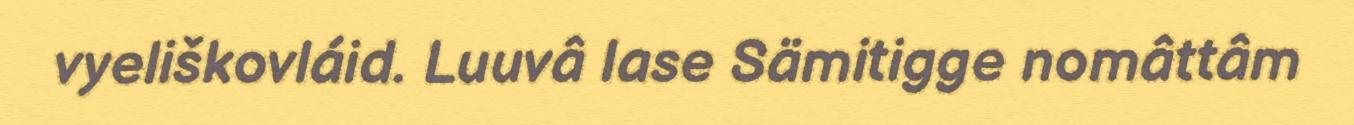
vyeliškovláid. Luuvâ lase Sämitigge nomâttâm